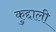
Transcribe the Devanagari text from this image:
कुद्दाली